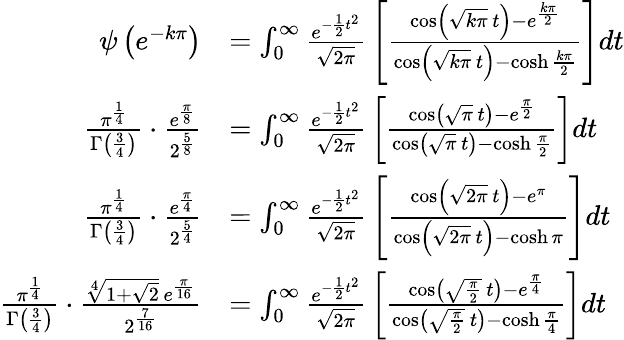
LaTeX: {\begin{array}{rl}{\psi\left(e^{-k\pi}\right)}&{=\int_{0}^{\infty}{\frac{e^{-{\frac{1}{2}}t^{2}}}{\sqrt{2\pi}}}\left[{\frac{\cos\left({\sqrt{k\pi}}\, t\right)-e^{\frac{k\pi}{2}}}{\cos\left({\sqrt{k\pi}}\, t\right)-\cosh{\frac{k\pi}{2}}}}\right]dt}\\ {{\frac{\pi^{\frac{1}{4}}}{\Gamma\left({\frac{3}{4}}\right)}}\cdot{\frac{e^{\frac{\pi}{8}}}{2^{\frac{5}{8}}}}}&{=\int_{0}^{\infty}{\frac{e^{-{\frac{1}{2}}t^{2}}}{\sqrt{2\pi}}}\left[{\frac{\cos\left({\sqrt{\pi}}\, t\right)-e^{\frac{\pi}{2}}}{\cos\left({\sqrt{\pi}}\, t\right)-\cosh{\frac{\pi}{2}}}}\right]dt}\\ {{\frac{\pi^{\frac{1}{4}}}{\Gamma\left({\frac{3}{4}}\right)}}\cdot{\frac{e^{\frac{\pi}{4}}}{2^{\frac{5}{4}}}}}&{=\int_{0}^{\infty}{\frac{e^{-{\frac{1}{2}}t^{2}}}{\sqrt{2\pi}}}\left[{\frac{\cos\left({\sqrt{2\pi}}\, t\right)-e^{\pi}}{\cos\left({\sqrt{2\pi}}\, t\right)-\cosh\pi}}\right]dt}\\ {{\frac{\pi^{\frac{1}{4}}}{\Gamma\left({\frac{3}{4}}\right)}}\cdot{\frac{{\sqrt[{4}]{1+{\sqrt{2}}}}\, e^{\frac{\pi}{16}}}{2^{\frac{7}{16}}}}}&{=\int_{0}^{\infty}{\frac{e^{-{\frac{1}{2}}t^{2}}}{\sqrt{2\pi}}}\left[{\frac{\cos\left({\sqrt{\frac{\pi}{2}}}\, t\right)-e^{\frac{\pi}{4}}}{\cos\left({\sqrt{\frac{\pi}{2}}}\, t\right)-\cosh{\frac{\pi}{4}}}}\right]dt}\end{array}}